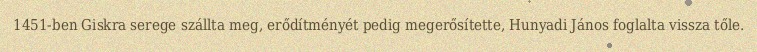
1451-ben Giskra serege szállta meg, erődítményét pedig megerősítette, Hunyadi János foglalta vissza tőle.